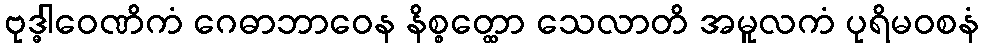
ဗုဒ္ဓါဝေဏိကံ ဂေဓာဘာဝေန နိစ္စတ္ထော သေလာတိ အမူလကံ ပုရိမဝစနံ